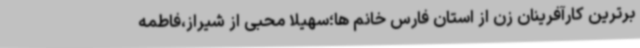
برترین کارآفرینان زن از استان فارس خانم ها؛سهیلا محبی از شیراز،فاطمه